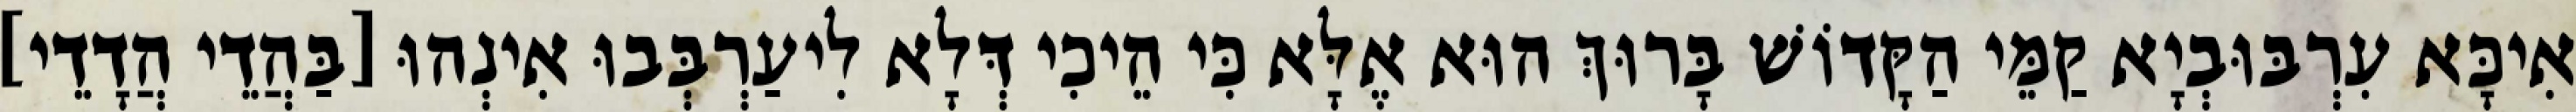
אִיכָּא עִרְבּוּבְיָא קַמֵּי הַקָּדוֹשׁ בָּרוּךְ הוּא אֶלָּא כִּי הֵיכִי דְּלָא לִיעַרְבְּבוּ אִינְהוּ [בַּהֲדֵי הֲדָדֵי]